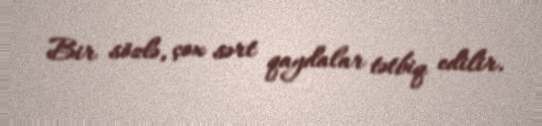
Bir sözlə, çox sərt qaydalar tətbiq edilir.